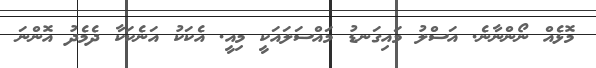
މޮޅެއް ނޯންނާނެ. އަސްލު މައިގަނޑު މައްސަލައަކީ މިއީ. އެކަކު އަނެކަކާ ދެމެދު އޮންނަ